kultuurilooline_kollektsioon, lk 22
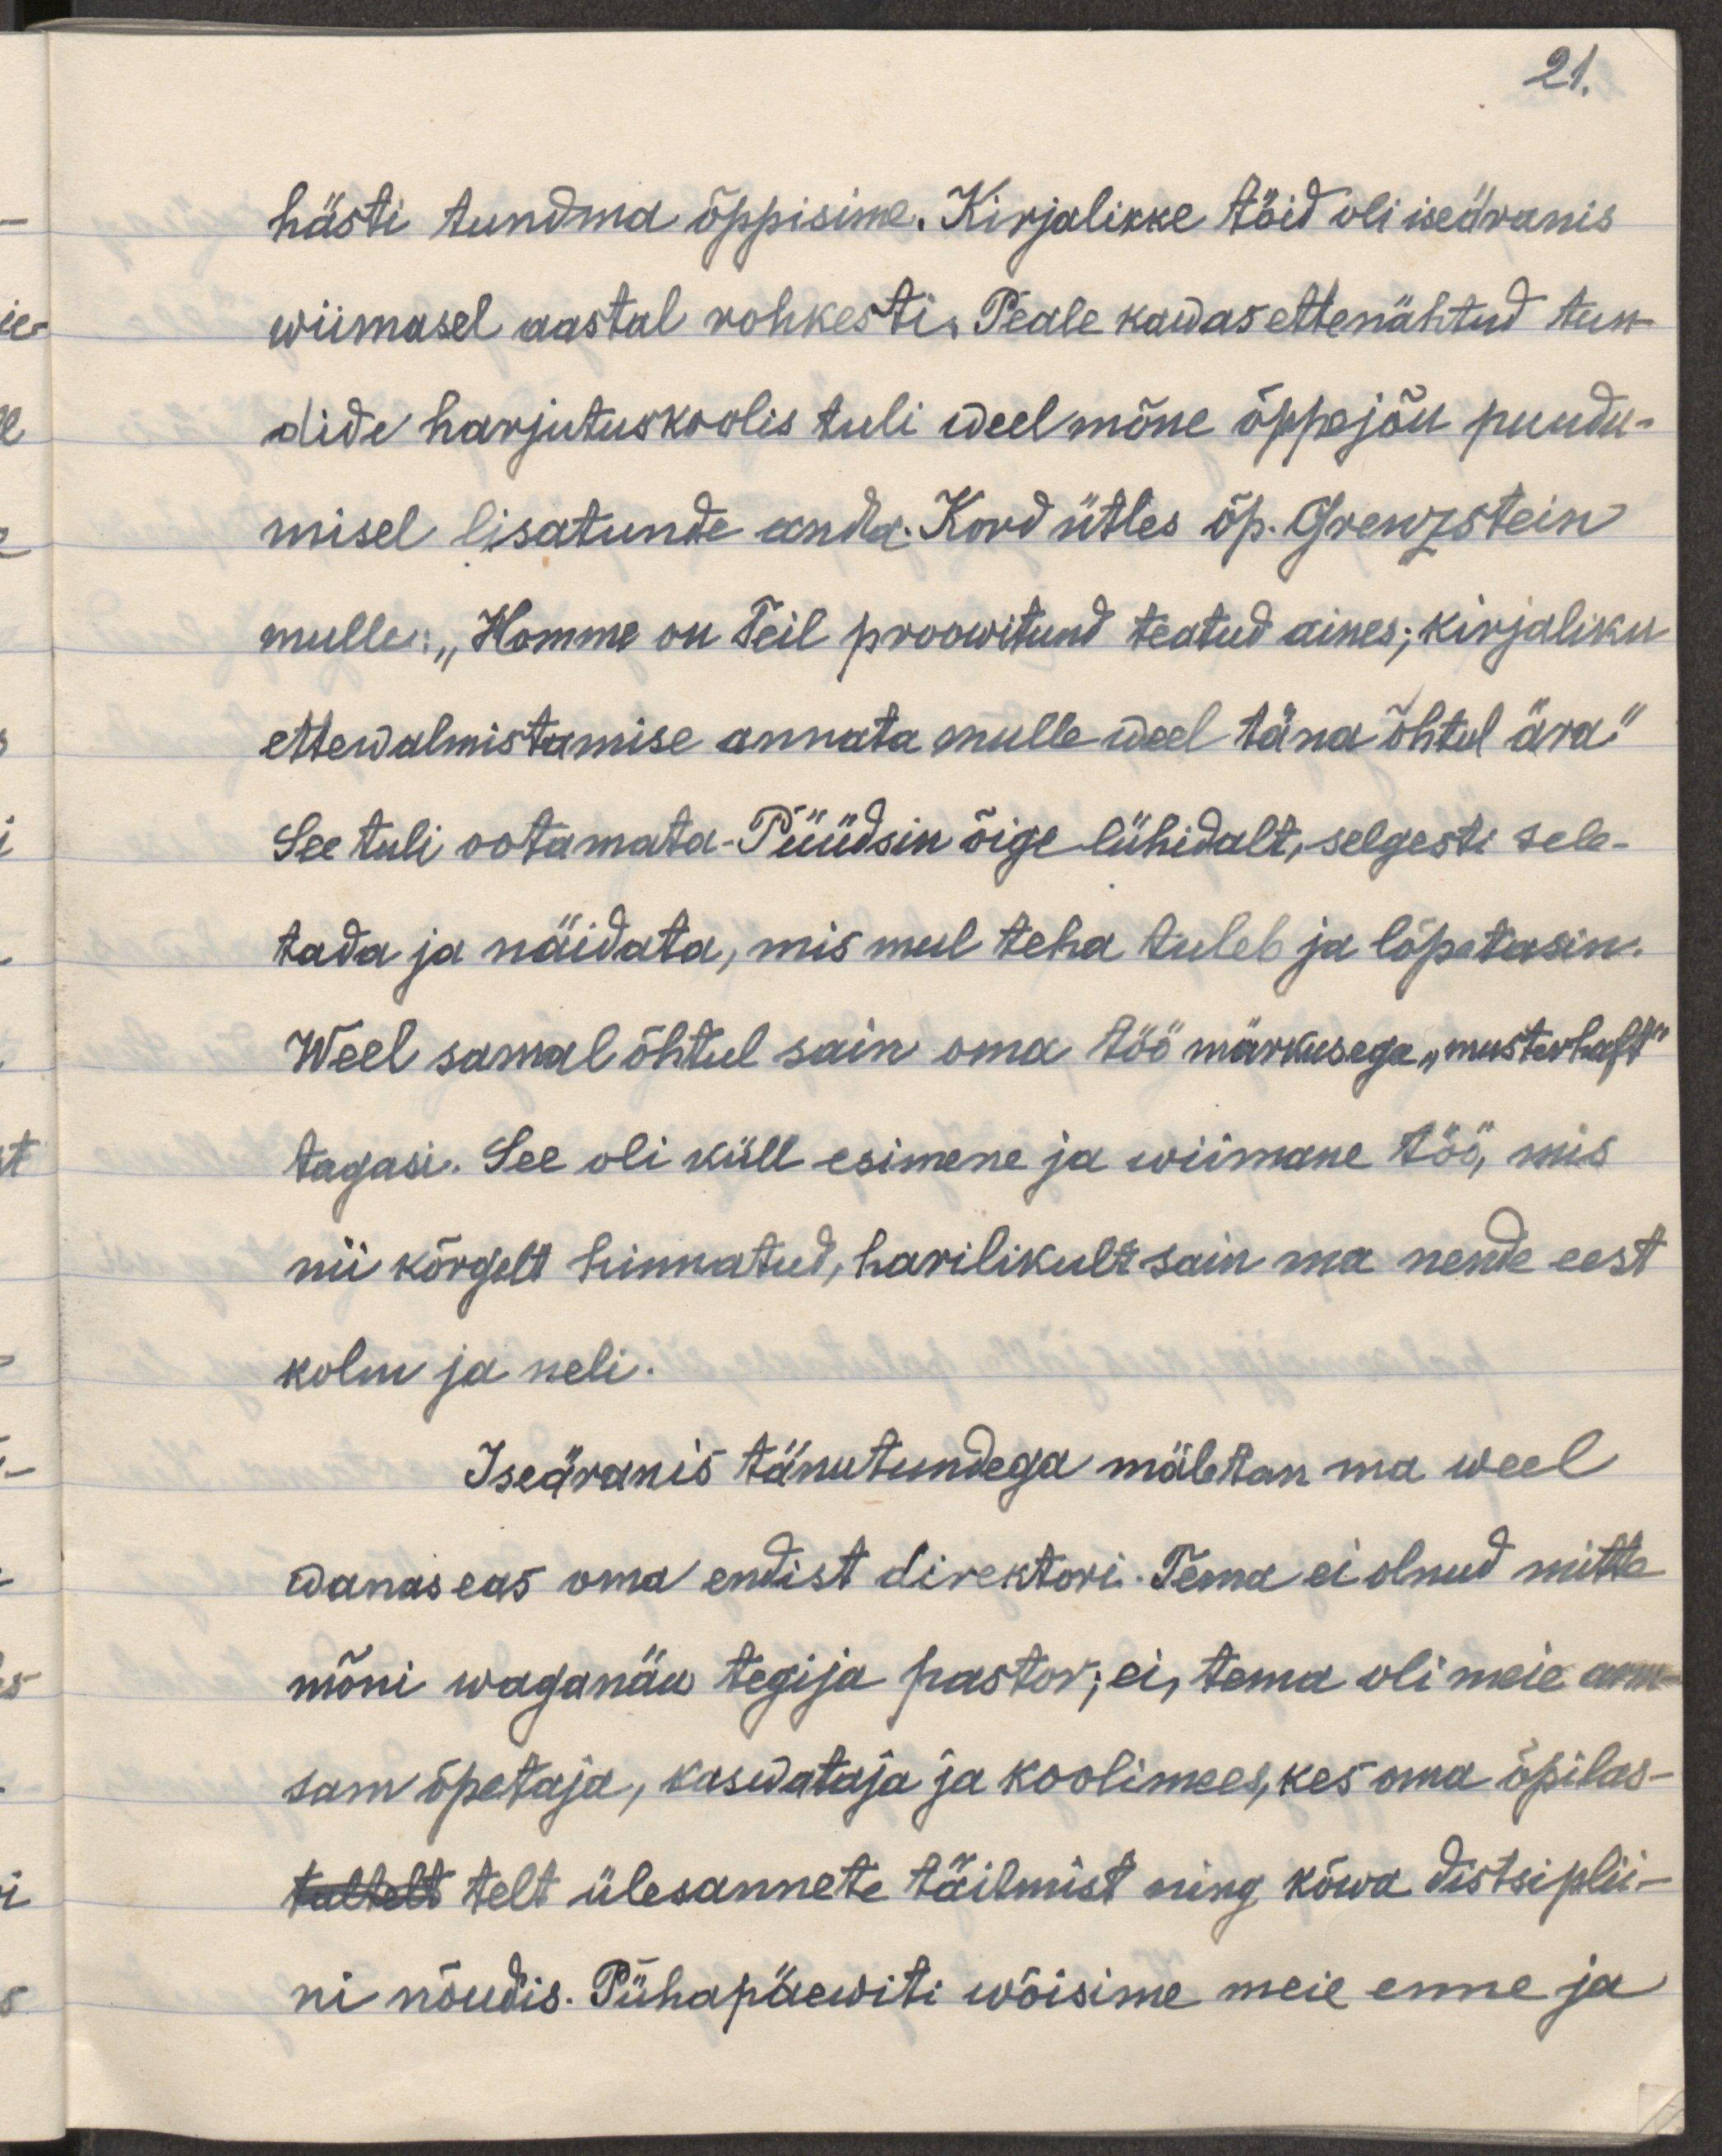
21.
hästi tundma õppisime. Kirjalikke töid oli iseäranis
wiimasel aastal rohkesti. Peale kawas ettenähtud tun-
dide harjutuskoolis tuli weel mõne õppejõu puudu-
misel lisatunde anda. Kord ütles õp. Grenzstein
mulle: "Homme on teil proowitund teatud aines; kirjaliku
ettewalmistamise annate mulle weel täna õhtul ära"
See tuli ootamata. Püüdsin õige lühidalt, selgesti sele-
tada ja näidata, mis mul teha tuleb ja lõpetasin.
Weel samal õhtul sain oma töö märkusega "musterhaft"
tagasi. See oli küll esimene ja wiimane töö, mis
nii kõrgelt hinnatud, harilikult sain ma nende eest
kolm ja neli.
Iseäranis tänutundega mäletan ma weel
wanas eas oma endist direktori. Tema ei olnud mitte
mõni waganäk tegija pastor; ei, tema oli meie arm-
sam õpetaja, kasvataja ja koolimees, kes oma õpilas-
taltelt telt ülesannete täitmist ning kõva distsiplii-
ni nõudis. Pühapäeviti wõisime meie enne ja